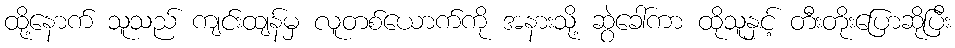
ထို့နောက် သူသည် ကျင်းထျန်မှ လူတစ်ယောက်ကို အနားသို့ ဆွဲခေါ်ကာ ထိုသူနှင့် တီးတိုးပြောဆိုပြီး